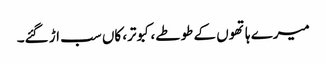
میرے ہاتھوں کے طوطے، کبوتر، کاں سب اڑ گئے۔